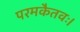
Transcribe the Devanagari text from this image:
परमकैतवः।